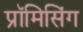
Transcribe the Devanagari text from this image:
प्रॉमिसिंग